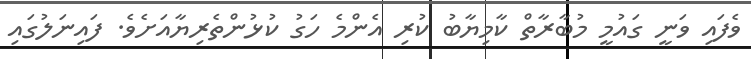
ވެފައި ވަނީ ގައުމީ މުބާރާތް ކާމިޔާބު ކުރި އެންމެ ހަގު ކުޅުންތެރިޔާއަށެވެ. ފައިނަލުގައި